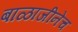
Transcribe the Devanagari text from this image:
बाळाजीनेच